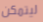
ليتمكن